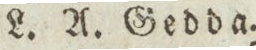
L. A. Gedda.